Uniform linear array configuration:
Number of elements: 24
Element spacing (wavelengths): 0.5
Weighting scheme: cosine
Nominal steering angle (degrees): -30
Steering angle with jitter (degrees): -28.363
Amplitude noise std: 0.05
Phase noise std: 0.05

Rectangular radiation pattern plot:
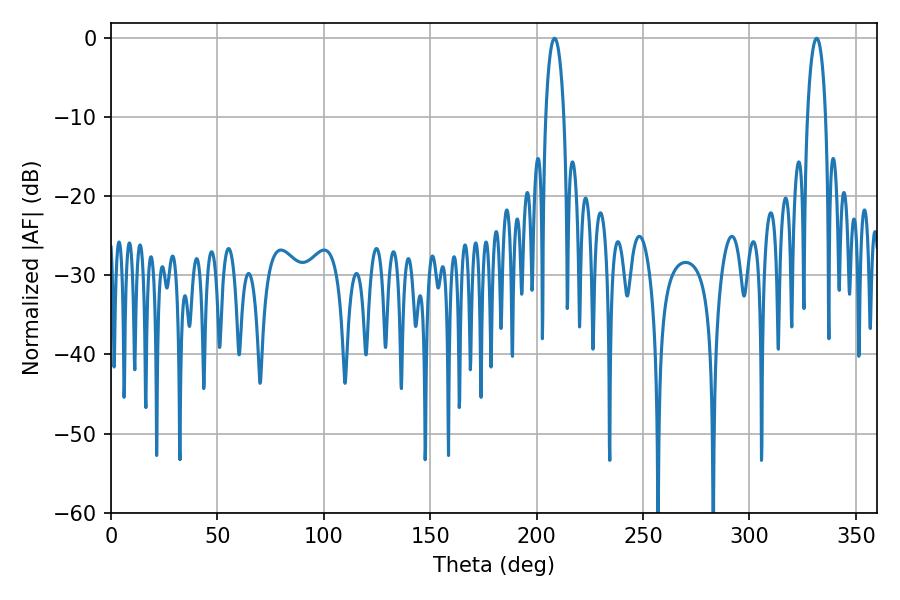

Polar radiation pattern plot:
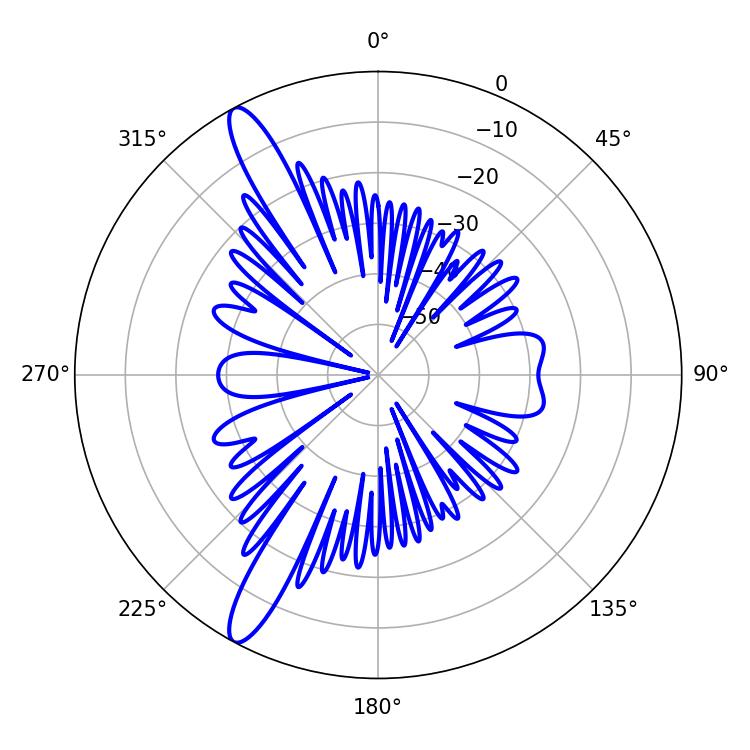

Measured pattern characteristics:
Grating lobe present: FALSE
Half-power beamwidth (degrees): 4.86
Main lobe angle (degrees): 208.44